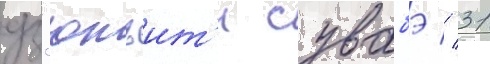
дз'юнъит'и сувабэ // 31